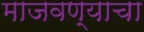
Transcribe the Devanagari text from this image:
माजवण्याचा